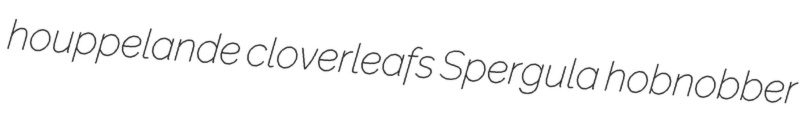
houppelande cloverleafs Spergula hobnobber